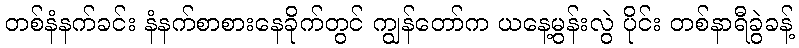
တစ်နံနက်ခင်း နံနက်စာစားနေခိုက်တွင် ကျွန်တော်က ယနေ့မွန်းလွဲ ပိုင်း တစ်နာရီခွဲခန့်